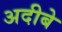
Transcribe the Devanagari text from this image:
अदीबे